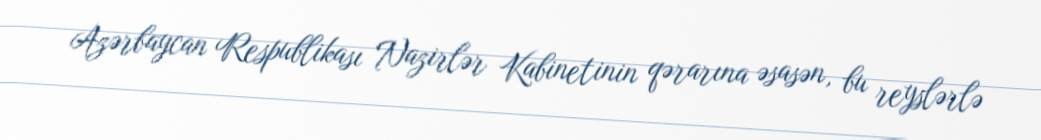
Azərbaycan Respublikası Nazirlər Kabinetinin qərarına əsasən, bu reyslərlə